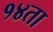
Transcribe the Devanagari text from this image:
१४ता